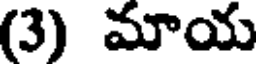
(3) మాయ